Vaccination in the Punjab 1883-1896 - 1883-1896
Year: 1883
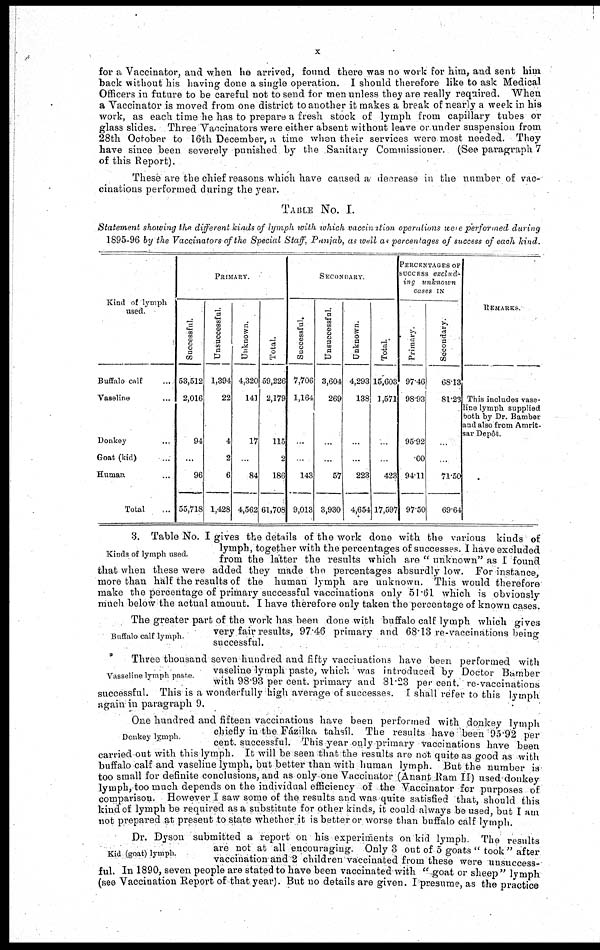
x
for a Vaccinator, and when he arrived, found there was no work for him, and sent him
back without his having done a single operation. I should therefore like to ask Medical
Officers in future to be careful not to send for men unless they are really required. When
a Vaccinator is moved from one district to another it makes a break of nearly a week in his
work, as each time he has to prepare a fresh stock of lymph from capillary tubes or
glass slides. Three Vaccinators were either absent without leave or under suspension from
28th October to 16th December, a time when their services were most needed. They
have since been severely punished by the Sanitary Commissioner. (See paragraph 7
of this Report).
These are the chief reasons which have caused a decrease in the number of vac-
cinations performed during the year.
TABLE No. I.
Statement showing the different kinds of lymph with which vaccination operations were performed during
1895-96 by the Vaccinators of the Special Staff, Punjab, as well as percentages of success of each kind.
Kind of lymph
used.
Buffalo calf ...
Vaseline ...
Donkey ....
Goat (kid) ...
Human ...
Total ...
PRIMARY.
Successful.
53,512
2,016
94
...
96
55,718
Unsuccessful.
1,394
22
4
2
6
1,428
Unknown.
4,320
141
17
...
84
4,562
Total.
59,226
2,179
115
2
186
61,708
SECONDARY.
Successful.
7,706
1,164
...
...
143
9,013
Unsuccessful.
3,604
269
...
...
57
3,930
Unknown.
4,293
138
...
...
223
4,654
Total.
15,603
1,571
...
...
423
17,597
PERCENTAGES OF
SUCCESS exclud-
ing unknown
cases IN
Primary.
97.46
98.93
95.92
00
94.11
97.50
Secondary.
68.13
81.23
...
...
71.50
69.64
REMARKS.
This includes vase-
line lymph supplied
both by Dr. Bamber
and also from Amrit-
sar Depôt.
Kinds of lymph used.
3. Table No. I gives the details of the work done with the various kinds of
lymph, together with the percentages of successes. I have excluded
from the latter the results which are " unknown" as I found
that when these were added they made the percentages absurdly low. For instance,
more than half the results of the human lymph are unknown. This would therefore
make the percentage of primary successful vaccinations only 51.61 which is obviously-
much below the actual amount. I have therefore only taken the percentage of known cases.
Buffalo calf lymph.
The greater part of the work has been done with buffalo calf lymph which gives
very fair results, 97.46 primary and 68.13 re-vaccinations being
successful.
Vasseline lymph paste.
Three thousand seven hundred and fifty vaccinations have been performed with
vaseline lymph paste, which was introduced by Doctor Bamber
with 98.93 per cent. primary and 81.23 per cent. re-vaccinations
successful. This is a wonderfully high average of successes. I shall refer to this lymph
again in paragraph 9.
Donkey lymph.
One hundred and fifteen vaccinations have been performed with donkey lymph
chiefly in the Fázilka tahsíl. The results have been 95.92 per
cent. successful. This year only primary vaccinations have been
carried out with this lymph. It will be seen that the results are not quite as good as with
buffalo calf and vaseline lymph, but better than with human lymph. But the number is
too small for definite conclusions, and as only one Vaccinator (Anant Ram II) used donkey
lymph, too much depends on the individual efficiency of the Vaccinator for purposes of
comparison. However I saw some of the results and was quite satisfied that, should this
kind of lymph be required as a substitute for other kinds, it could always be used, but I am
not prepared at present to state whether it is better or worse than buffalo calf lymph.
Kid (goat) lymph.
Dr. Dyson submitted a report on his experiments on kid lymph. The results
are not at all encouraging. Only 3 out of 5 goats " took" after
vaccination and 2 children vaccinated from these were unsuccess-
ful. In 1890, seven people are stated to have been vaccinated with " goat or sheep " lymph
(see Vaccination Report of that year). But no details are given. I presume, as the practice